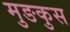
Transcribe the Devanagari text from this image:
मुङकुस